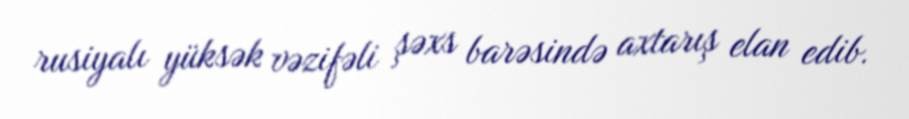
rusiyalı yüksək vəzifəli şəxs barəsində axtarış elan edib.